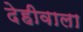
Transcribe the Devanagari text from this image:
देहीवाला